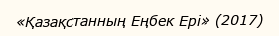
«Қазақстанның Еңбек Ері» (2017)